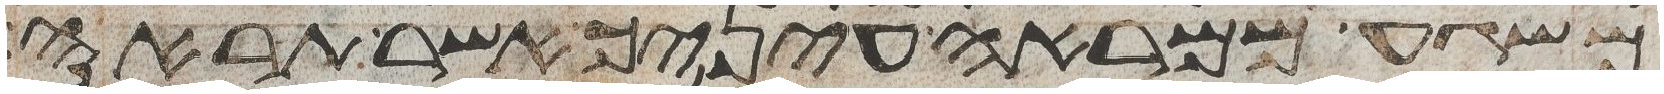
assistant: משגע ממראה עיניך אשר תראה